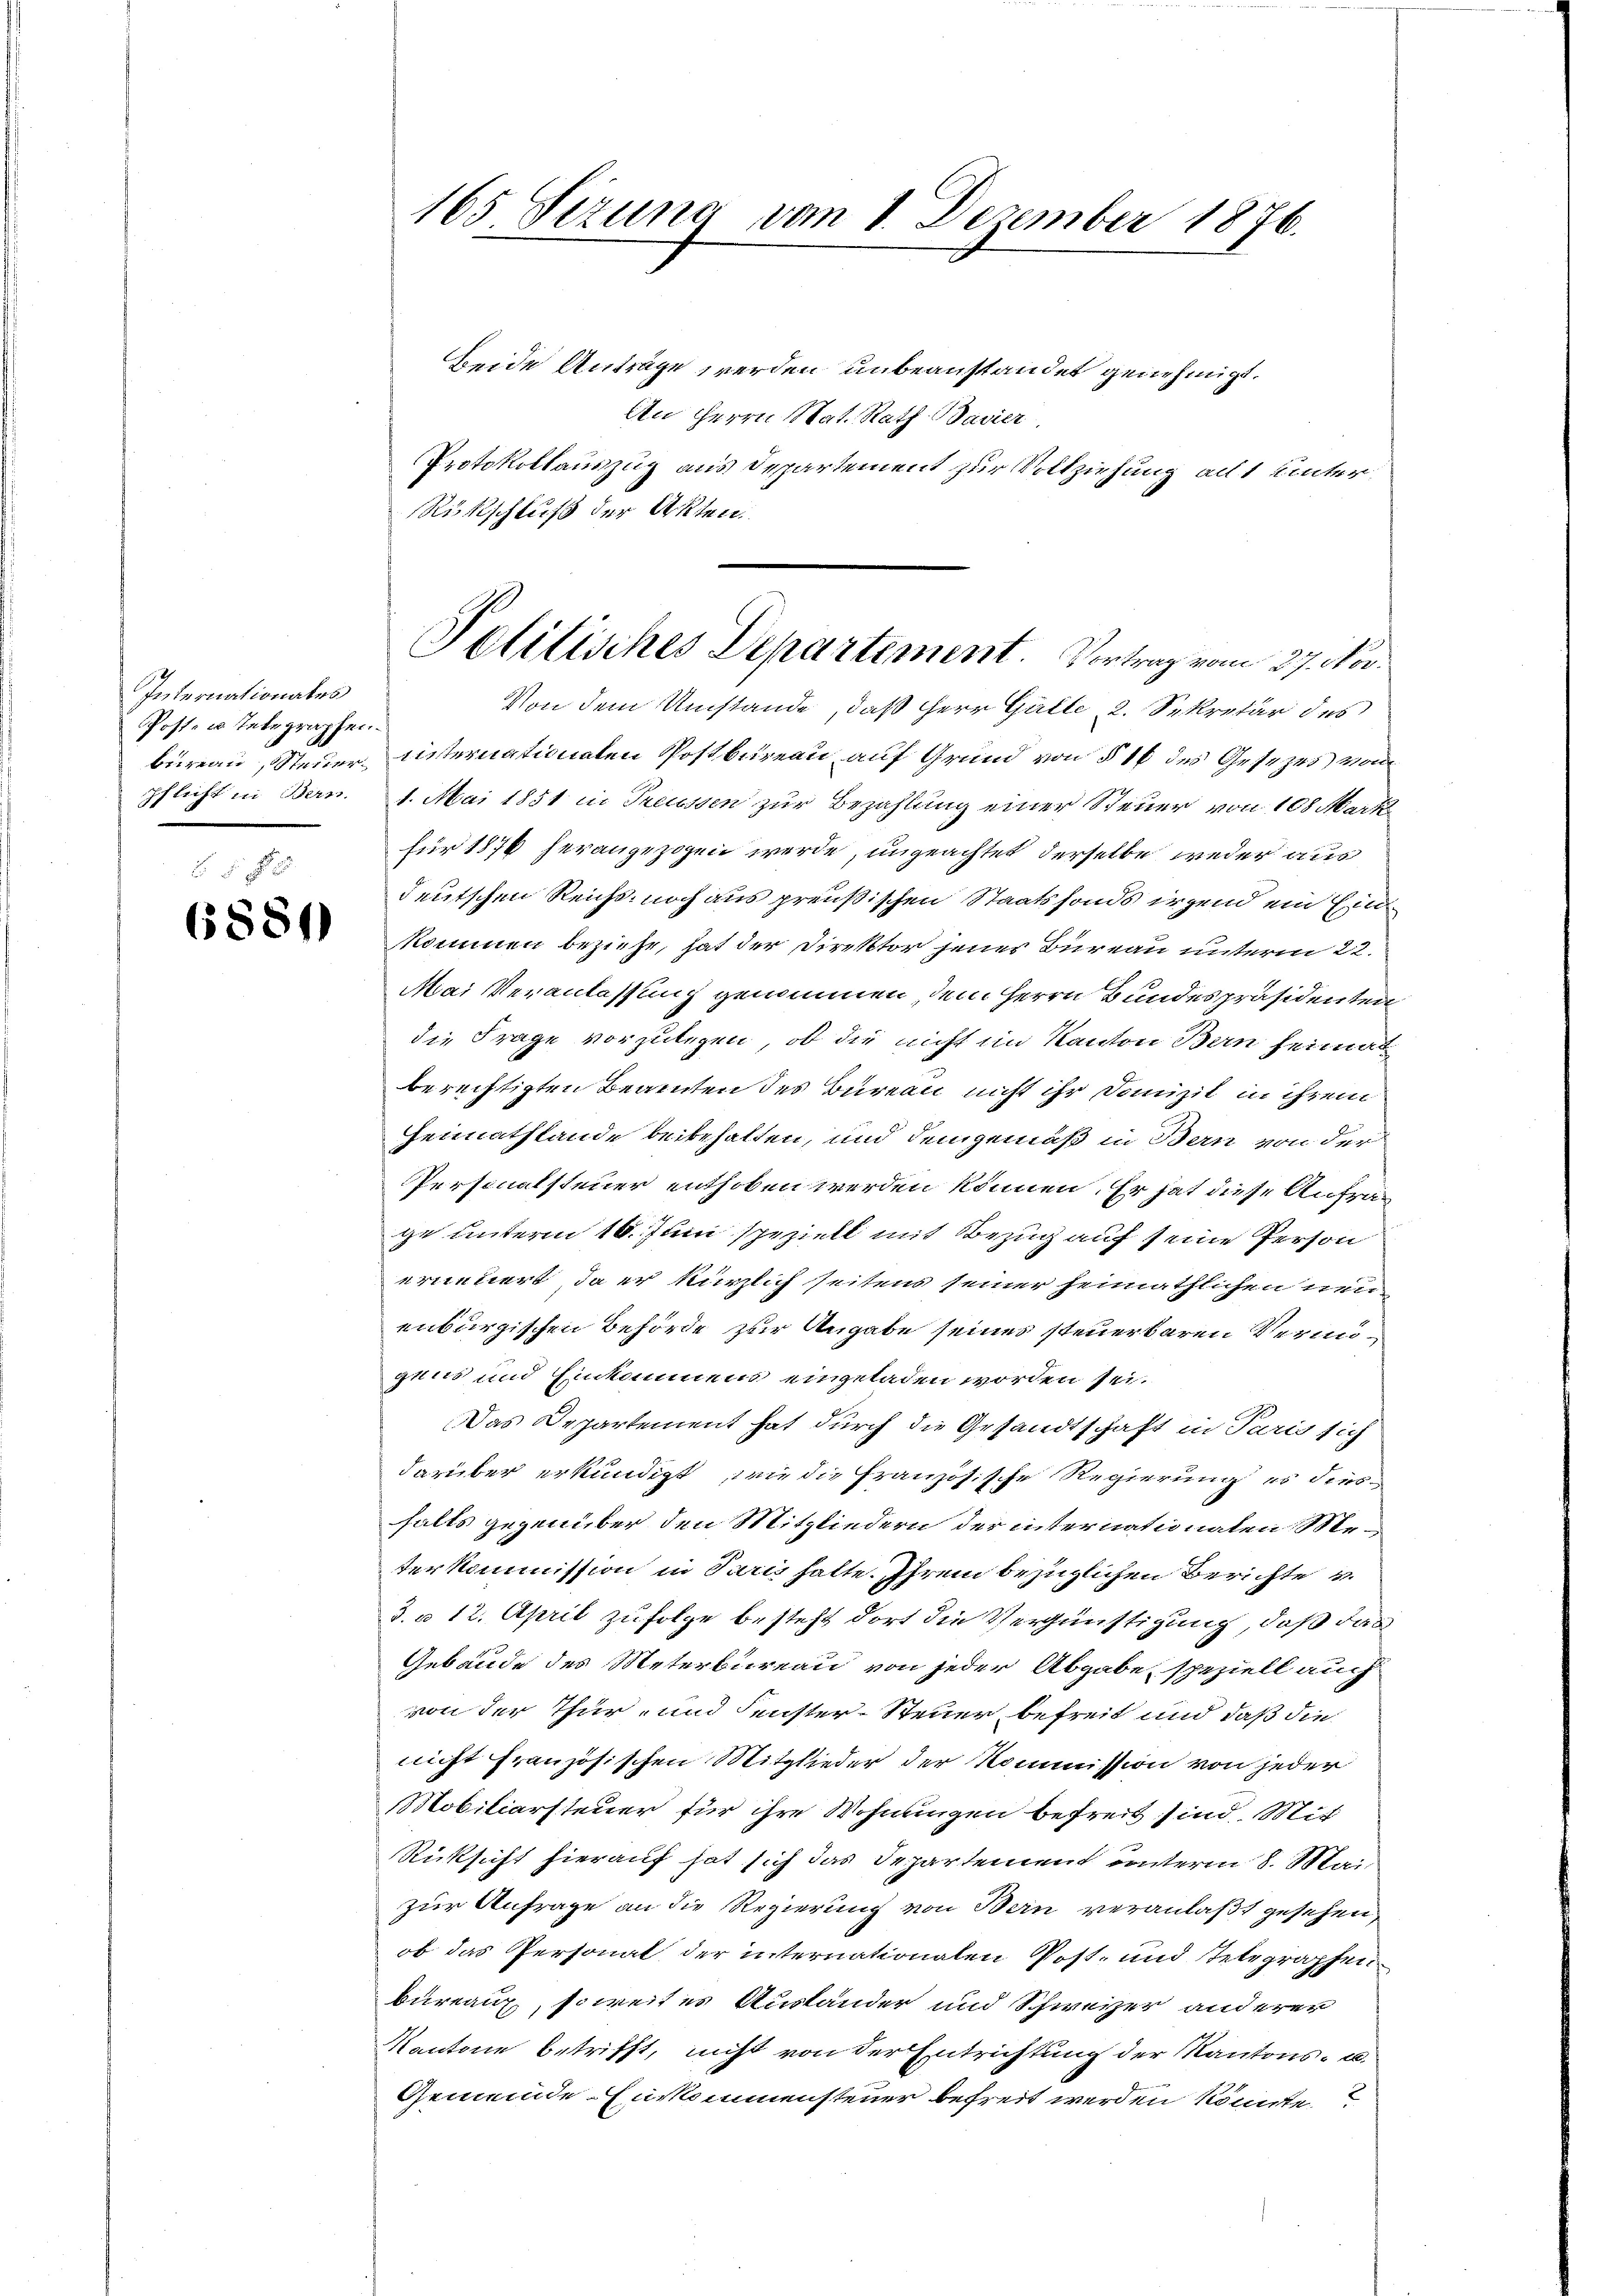
Internationales
Post- u. Integraphen.

6881)

165. Sizung vom 1. Dezember 1876.

Beide Anträge werden unbeanstandet genehmigt.
An Herrn Mat. Rath Bavier
Protokollauszug aus Departement zur Vollziehung ad 1 Unter¬
Rückschluß der Akten.

Von dem Umstände, daß Herr Galle, 2. Sekretär des
büreau, Steuer internationalen Postbureau auf Grund von § 16 des Gesezes vom
pflicht in Bern. 1. Mai 1851 in Preussen zur Bezahlung einer Steuer von 108 Mark
für 1876 herangezogen werde, ungeachtet derselbe weder aus
deutschen Reichs noch aus preußischen Staatsfonds irgend ein Einkommen beziehe, hat der Direktor jenes Bureau unterm 22.
Mai Veranlassung genommen, dem Herrn Bundespräsidenten
die Frage vorzulegen, ob die nicht im Kanton Bern heimat
berechtigten Beamten des Büreau nicht ihr Domizil in ihrem
Heimathlande beibehalten, und demgemäß in Bern von der
Personalsteuer enthoben werden können. Er hat diese Anfrage unterm 16. Juni speziell mit Bezug auf seine Person
erneuert, da er kürzlich seitens seiner heimathlichen neuenburgischen Behörde zur Angabe seines steuerbaren Vermugens und Einkommens eingeladen worden sei.
Das Departement hat durch die Gesandtschaft in Paris sich
darüber erkundigt, wie die Französische Regierung es diesfalls gegenüber den Mitgliedern der internationalen Meterkommission in Paris hatte. Ihrem bezüglichen Berichte u
d. u 12. April zufolge besteht dort die Vergünstigung, daß das
Gebäude des Meterbureau von jeder Abgabe, speziell auch
von der Thur- und Fenster-Steuer befreit und daß die
nicht französischen Mitglieder der Kommission von jeder
Mobiliarsteuer für ihre Wohnungen befreit sind. Mit
Rücksicht hierauf hat sich das Departement unterm 8. Mai
zur Anfrage an die Regierung von Bern veranlaßt gesehen,
ob das Personal der internationalen Post- und Telegraphen
bureaux, soweites Auslander und Schweizer anderer
Kantone betrifft, nicht von der Entrichtung der Kantons- u.
Gemeinde Auskommensteuer befreit werden könnte.

Politisches Departement. Vortrag vom 27. Nov.